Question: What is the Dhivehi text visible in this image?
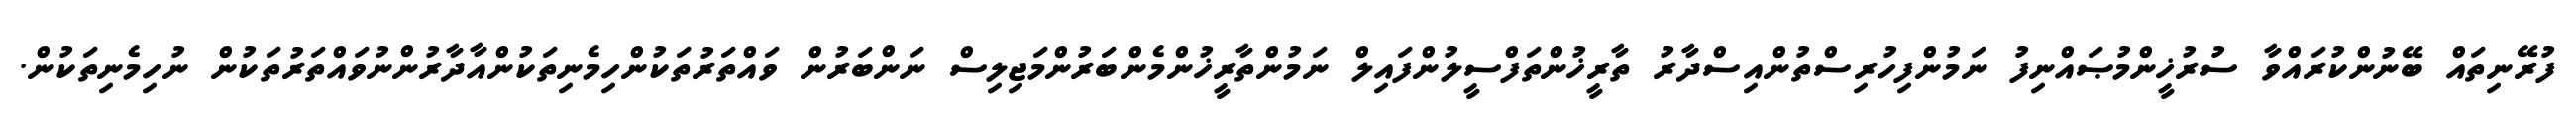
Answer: ފުރޭނިތައް ބޭނުންކުރައްވާ ސުރުޚީންމުޞައްނިފު ނަމުންފިހުރިސްތުންއިސްދާރު ތާރީޚުންތަފްސީލުންފައިލް ނަމުންތާރީޚުންމެންބަރުންމަޖިލިސް ނަންބަރުން ވައްތަރުތަކުންހިމެނިތަކުންއާދާރުންނުވައްތަރުތަކުން ނުހިމެނިތަކުން.